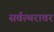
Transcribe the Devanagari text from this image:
सर्वस्थरावर